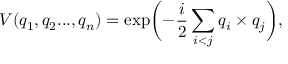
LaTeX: V ( q _ { 1 } , q _ { 2 } . . . , q _ { n } ) = \exp \biggl ( - \frac { i } { 2 } \sum _ { i < j } q _ { i } \times q _ { j } \biggr ) ,